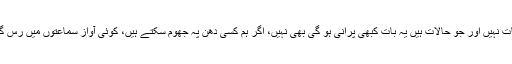
روایات ہوں یا اقدار ان کا سہارا لے کر کسی گلوکارہ یا اداکارہ کا قتل کوئی نئی بات نہیں اور جو حالات ہیں یہ بات کبھی پرانی ہو گی بھی نہیں، اگر ہم کسی دھن پہ جھوم سکتے ہیں، کوئی آواز سماعتوں میں رس گھول سکتی ہے تو ہمیں اس آواز کو آزادی کا حق بھی دینا ہوگا اور جینے کا بھی۔